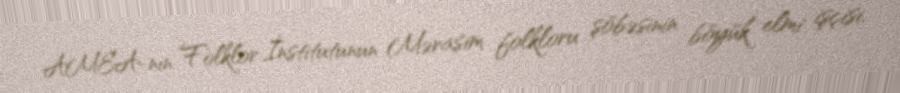
AMEA-nın Folklor İnstitutunun Mərasim folkloru şöbəsinin böyük elmi işçisi,